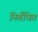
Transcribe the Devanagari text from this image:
निर्बंधित